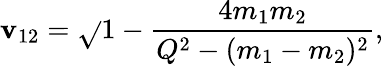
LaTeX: \mathbf{v}_{12}=\sqrt{}{{1-\frac{{4m_{1}m_{2}}}{{Q^{2}-(m_{1}-m_{2})^{2}}}}},